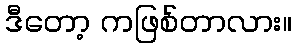
ဒီတော့ ကဖြစ်တာလား။